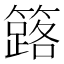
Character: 簬